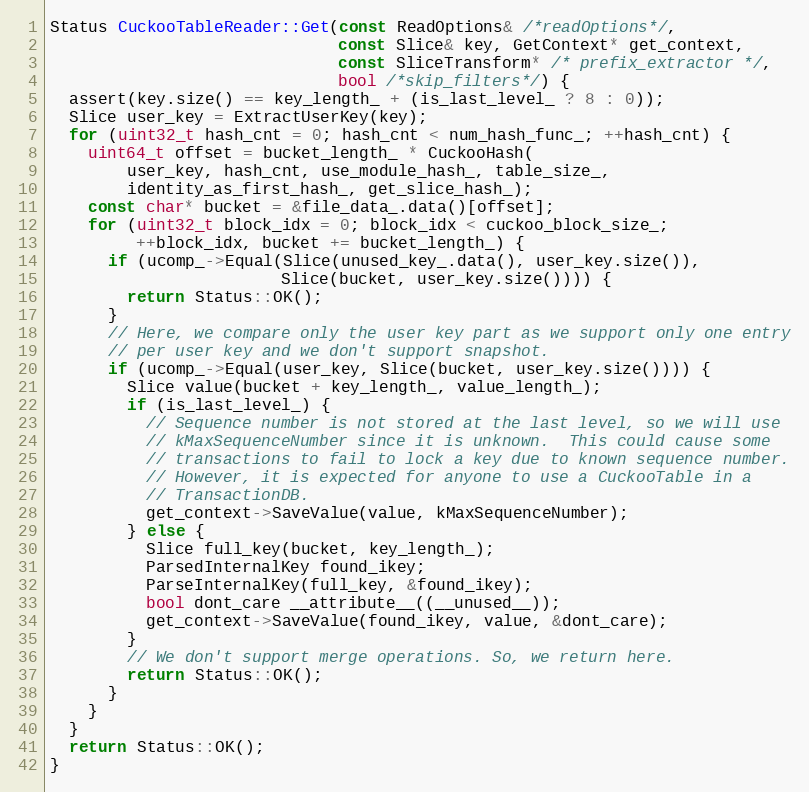
Language: C++
Status CuckooTableReader::Get(const ReadOptions& /*readOptions*/,
                              const Slice& key, GetContext* get_context,
                              const SliceTransform* /* prefix_extractor */,
                              bool /*skip_filters*/) {
  assert(key.size() == key_length_ + (is_last_level_ ? 8 : 0));
  Slice user_key = ExtractUserKey(key);
  for (uint32_t hash_cnt = 0; hash_cnt < num_hash_func_; ++hash_cnt) {
    uint64_t offset = bucket_length_ * CuckooHash(
        user_key, hash_cnt, use_module_hash_, table_size_,
        identity_as_first_hash_, get_slice_hash_);
    const char* bucket = &file_data_.data()[offset];
    for (uint32_t block_idx = 0; block_idx < cuckoo_block_size_;
         ++block_idx, bucket += bucket_length_) {
      if (ucomp_->Equal(Slice(unused_key_.data(), user_key.size()),
                        Slice(bucket, user_key.size()))) {
        return Status::OK();
      }
      // Here, we compare only the user key part as we support only one entry
      // per user key and we don't support snapshot.
      if (ucomp_->Equal(user_key, Slice(bucket, user_key.size()))) {
        Slice value(bucket + key_length_, value_length_);
        if (is_last_level_) {
          // Sequence number is not stored at the last level, so we will use
          // kMaxSequenceNumber since it is unknown.  This could cause some
          // transactions to fail to lock a key due to known sequence number.
          // However, it is expected for anyone to use a CuckooTable in a
          // TransactionDB.
          get_context->SaveValue(value, kMaxSequenceNumber);
        } else {
          Slice full_key(bucket, key_length_);
          ParsedInternalKey found_ikey;
          ParseInternalKey(full_key, &found_ikey);
          bool dont_care __attribute__((__unused__));
          get_context->SaveValue(found_ikey, value, &dont_care);
        }
        // We don't support merge operations. So, we return here.
        return Status::OK();
      }
    }
  }
  return Status::OK();
}